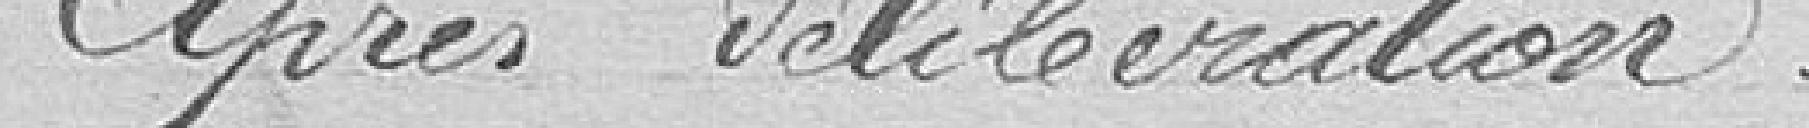
Après délibération